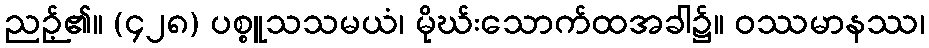
ညဉ့်၏။ (၄၂၈) ပစ္စူသသမယံ၊ မိုဃ်းသောက်ထအခါ၌။ ဝဿမာနဿ၊